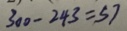
3 0 0 - 2 4 3 = 5 7